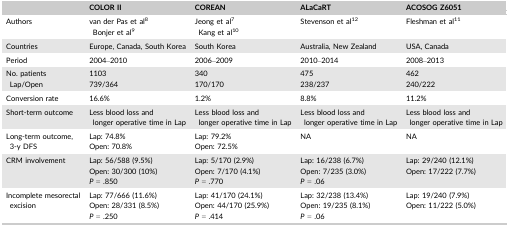
<table><thead><tr><td></td><td><b>COLOR II</b></td><td><b>COREAN</b></td><td><b>ALaCaRT</b></td><td><b>ACOSOG Z6051</b></td></tr></thead><tbody><tr><td>Authors</td><td>van der Pas et al8Bonjer et al9</td><td>Jeong et al7Kang et al10</td><td>Stevenson et al12</td><td>Fleshman et al11</td></tr><tr><td>Countries</td><td>Europe, Canada, South Korea</td><td>South Korea</td><td>Australia, New Zealand</td><td>USA, Canada</td></tr><tr><td>Period</td><td>2004–2010</td><td>2006–2009</td><td>2010–2014</td><td>2008–2013</td></tr><tr><td>No. patientsLap/Open</td><td>1103739/364</td><td>340170/170</td><td>475238/237</td><td>462240/222</td></tr><tr><td>Conversion rate</td><td>16.6%</td><td>1.2%</td><td>8.8%</td><td>11.2%</td></tr><tr><td>Short‐term outcome</td><td>Less blood loss andlonger operative time in Lap</td><td>Less blood loss andlonger operative time in Lap</td><td>Less blood loss andlonger operative time in Lap</td><td>Less blood loss andlonger operative time in Lap</td></tr><tr><td>Long‐term outcome, 3‐y DFS</td><td>Lap: 74.8%Open: 70.8%</td><td>Lap: 79.2%Open: 72.5%</td><td>NA</td><td>NA</td></tr><tr><td>CRM involvement</td><td>Lap: 56/588 (9.5%)Open: 30/300 (10%)<i>P</i> = .850</td><td>Lap: 5/170 (2.9%)Open: 7/170 (4.1%)<i>P</i> = .770</td><td>Lap: 16/238 (6.7%)Open: 7/235 (3.0%)<i>P</i> = .06</td><td>Lap: 29/240 (12.1%)Open: 17/222 (7.7%)</td></tr><tr><td>Incomplete mesorectal excision</td><td>Lap: 77/666 (11.6%)Open: 28/331 (8.5%)<i>P</i> = .250</td><td>Lap: 41/170 (24.1%)Open: 44/170 (25.9%)<i>P</i> = .414</td><td>Lap: 32/238 (13.4%)Open: 19/235 (8.1%)<i>P</i> = .06</td><td>Lap: 19/240 (7.9%)Open: 11/222 (5.0%)</td></tr></tbody></table>